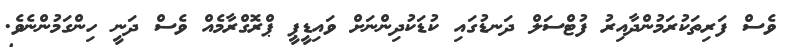
ވެސް ފަރިތަކުރަމުންދާއިރު ފުޓްސަލް ދަނޑުގައި ކުޑަކުދިންނަށް ވައިޑީޕީ ޕްރޮގްރާމެއް ވެސް ދަނީ ހިންގަމުންނެވެ.